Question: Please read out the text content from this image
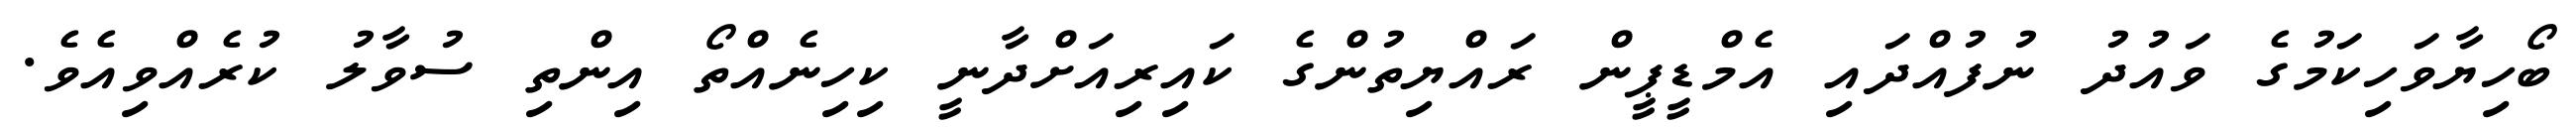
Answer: ބޯހިޔާވަހިކަމުގެ ވައުދު ނުފުއްދައި އެމްޑީޕީން ރައްޔިތުންގެ ކައިރިއަށްދާނީ ކިހިނެއްތޯ އިންތި ސުވާލު ކުރެއްވިއެވެ.